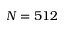
N = 5 1 2